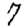
Digit: 7